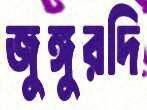
জুঙ্গুরদি